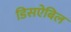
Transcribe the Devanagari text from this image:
डिसऐबिल